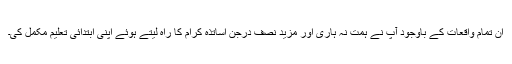
ان تمام واقعات كے باوجُود آپ نے ہمت نہ ہاری اور مزید نصف درجن اساتذه کرام کا راه لیتے ہوئے اپنی ابتدائی تعلیم مکمل کی۔